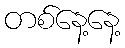
တစ်နေ့နေ့